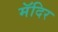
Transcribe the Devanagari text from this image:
मॅदिर